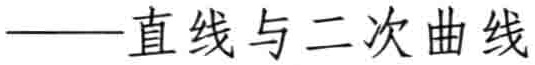
——直线与二次曲线